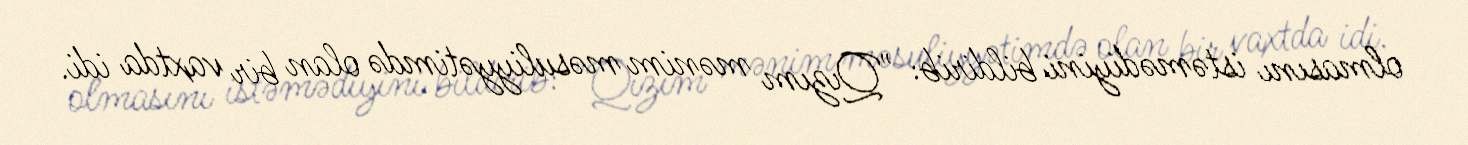
olmasını istəmədiyini bildirib: "Qızım mənim məsuliyyətimdə olan bir vaxtda idi.